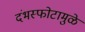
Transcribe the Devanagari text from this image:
दंभस्फोटामुळे